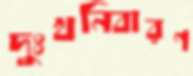
দুঃখনিবারণ